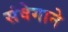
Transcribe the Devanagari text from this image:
संवेगाने